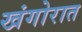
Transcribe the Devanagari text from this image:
खंगोरात